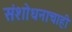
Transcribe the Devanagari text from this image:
संशोधनाचाही